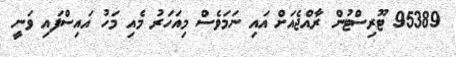
95389 ޓޫރިސްޓުން ރާއްޖެއަށް އައި ނަމަވެސް މިއަހަރު މެއި މަހު އައިސްފައި ވަނީ